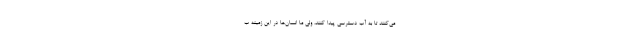
می‌کنند تا به آب دسترسی پیدا کنند، ولی ما انسان‌ها در این زمینه ب